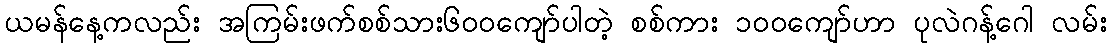
ယမန်နေ့ကလည်း အကြမ်းဖက်စစ်သား၆၀၀ကျော်ပါတဲ့ စစ်ကား ၁၀၀ကျော်ဟာ ပုလဲဂန့်ဂေါ လမ်း